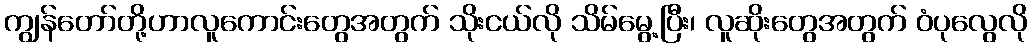
ကျွန်တော်တို့ဟာလူကောင်းတွေအတွက် သိုးငယ်လို သိမ်မွေ့ပြီး၊ လူဆိုးတွေအတွက် ဝံပုလွေလို